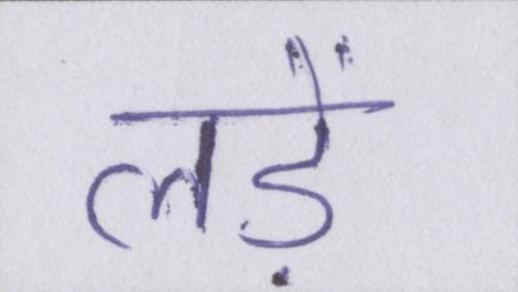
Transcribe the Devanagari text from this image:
लड़ें